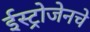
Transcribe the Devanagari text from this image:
ईस्ट्रोजेनचे